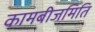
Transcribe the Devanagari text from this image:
कामबीजमिति